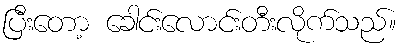
ပြီးတော့ ခေါင်းလောင်းတီးလိုက်သည်။